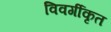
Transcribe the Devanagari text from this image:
विवर्गीकृत